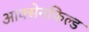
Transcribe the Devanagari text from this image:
आक्सेनफिल्ड